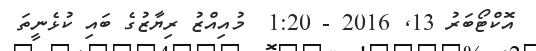
އޮކްޓޯބަރު 13